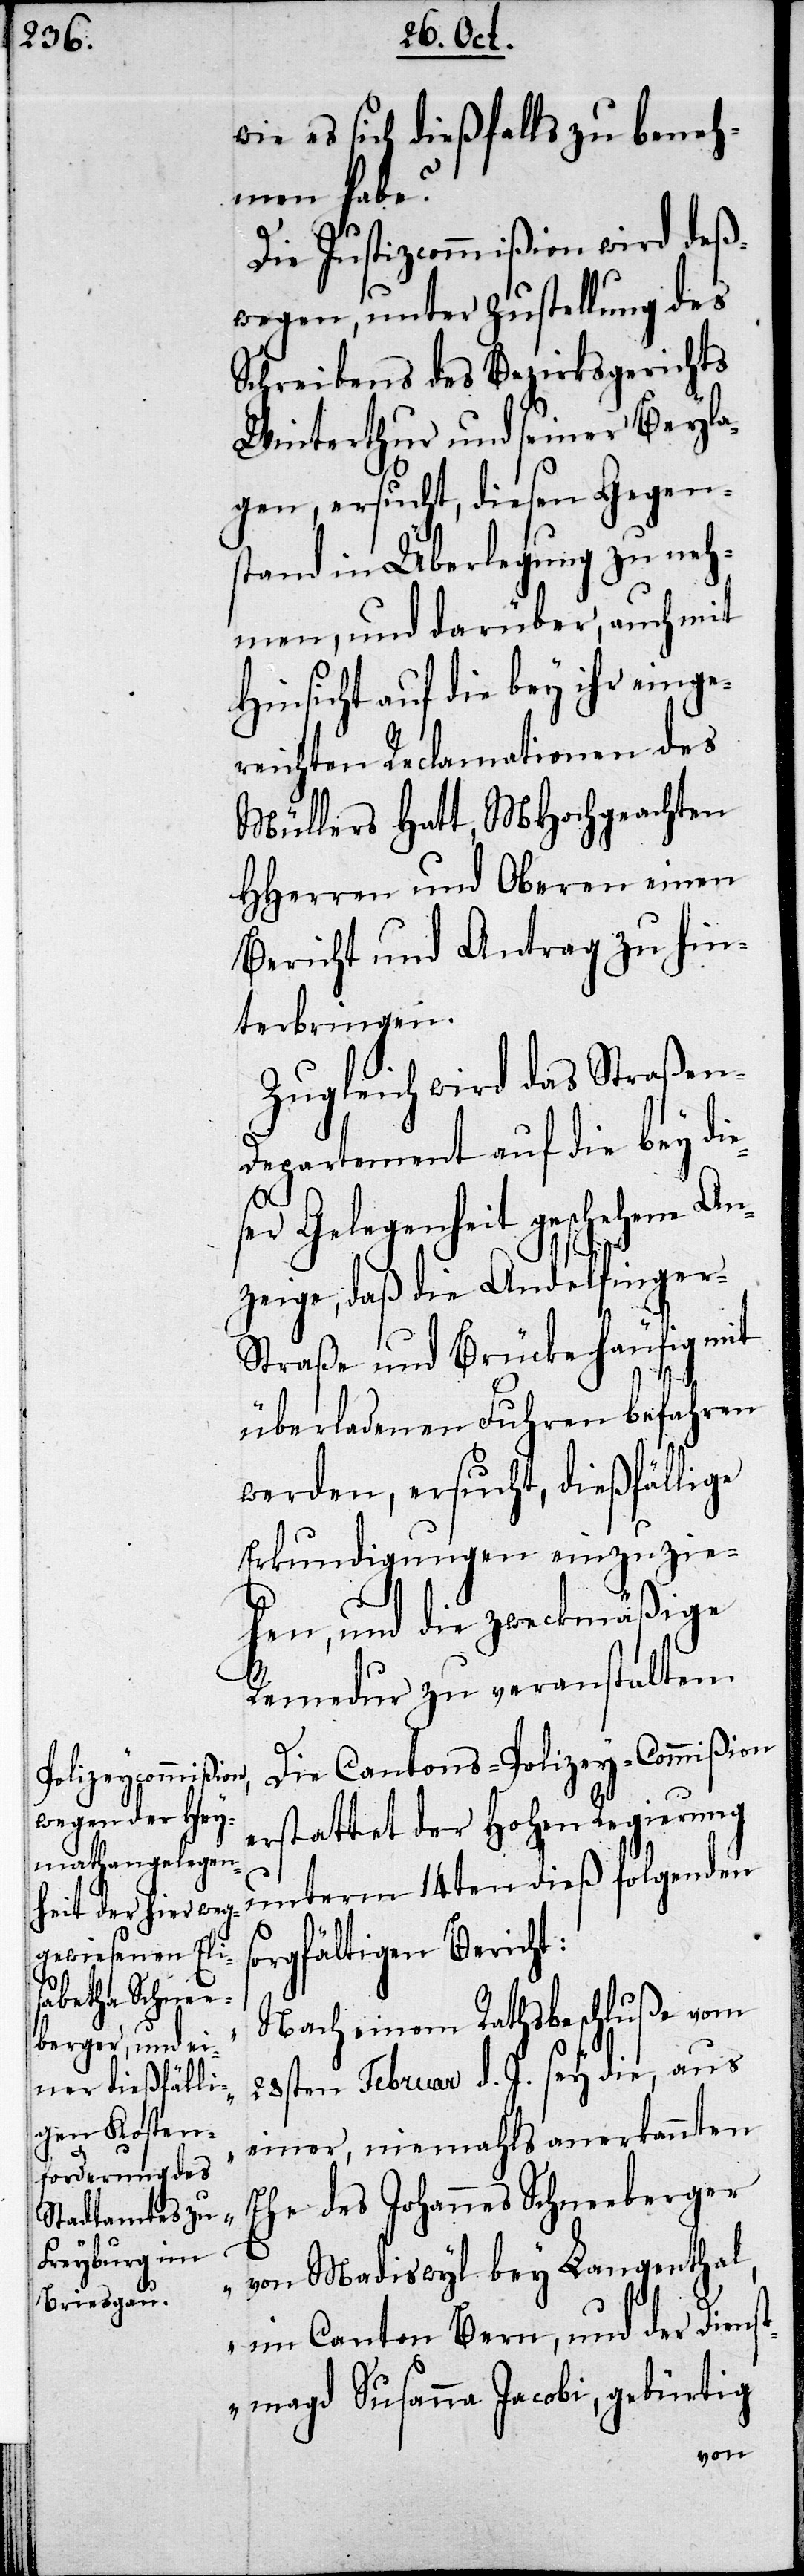
wie es sich dießfalls zu beneh¬
men habe?
Die Justizcommißion wird deß¬
wegen, unter Zustellung des
Schreibens des Bezirksgerichts
Winterthur und seiner Beyla¬
gen, ersucht, diesen Gegen¬
stand in Überlegung zu neh¬
men, und darüber, auch mit
Hinsicht auf die bey ihr einge¬
reichten Reclamationen des
Müllers Hatt, MHochgeachten
HHerren und Oberen einen
Bericht und Antrag zu hin¬
terbringen.
Zugleich wird das Straßen¬
departement auf die bey di¬
so¬
ser Gelegenheit geschehene An¬
zeige, daß die Andelfinger-S¬
traße und Brücke häufig mit
überladenen Fuhren befahren
werden, ersucht, dießfällige
Erkundigungen einzuzie¬
hen, und die zweckmäßige
Remedur zu veranstalten.
Die Cantons-Polizey-Commißion
erstattet der Hohen Regierung
unterm 14ten dieß folgenden
rgfältigen Bericht:
„Nach einem Rathsbeschluße vom
28sten Februar d. J. sey die, aus
einer, niemahls anerkannten
Ehe des Johannes Schneeberger
von Madiswil bey Langenthal,
im Canton Bern, und der Dienst¬
magd Susanna Jacobi, gebürtig